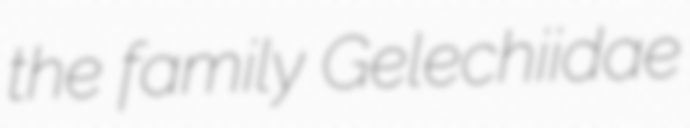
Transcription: the family Gelechiidae